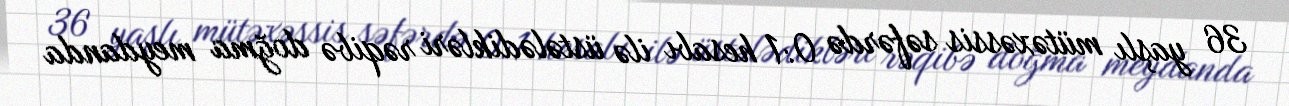
36 yaşlı mütəxəssis səfərdə 0:1 hesabı ilə üstələdikləri rəqibə doğma meydanda